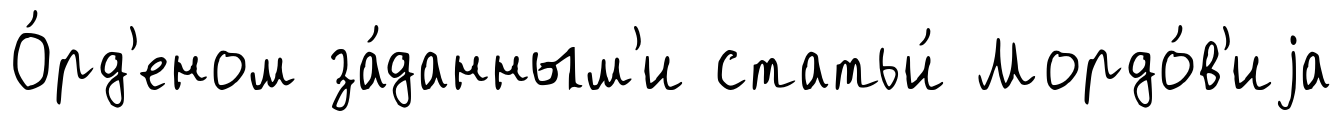
О́рд'еном за́данным'и статьи́ Мордо́в'иjа